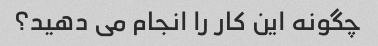
چگونه این کار را انجام می دهید؟